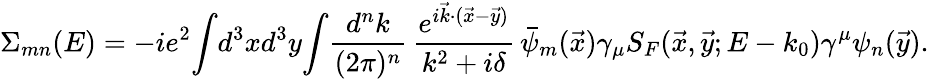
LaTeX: \Sigma_{mn}(E)=-ie^{2}\! \int\! d^{3}xd^{3}y\! \int\! {\frac{d^{n}k}{(2\pi)^{n}}}\, {\frac{e^{i\vec{k}\cdot(\vec{x}-\vec{y})}}{k^{2}+i\delta}}\, \bar{\psi}_{m}(\vec{x})\gamma_{\mu}S_{F}(\vec{x},\vec{y};E-k_{0})\gamma^{\mu}\psi_{n}(\vec{y}).